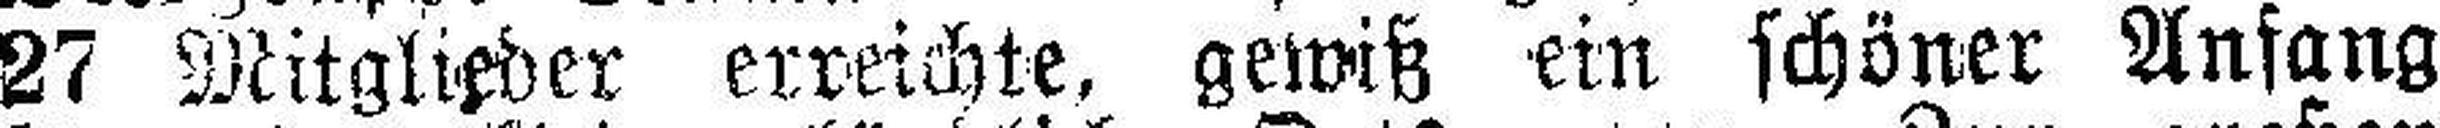
27 Mitglieder erreichte, gewiß ein schöner Anfang